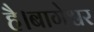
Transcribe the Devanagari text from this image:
है।बागेश्वर